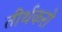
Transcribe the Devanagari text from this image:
तीर्थकरो